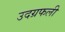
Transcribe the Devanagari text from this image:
उदग्रफली